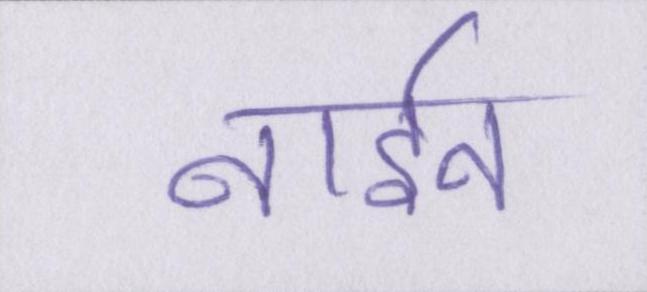
नाईन